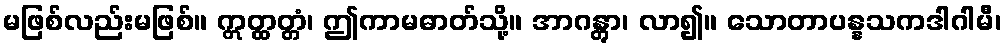
မဖြစ်လည်းမဖြစ်။ ဣတ္ထတ္တံ၊ ဤကာမဓာတ်သို့။ အာဂန္တွာ၊ လာ၍။ သောတာပန္နသကဒါဂါမီ၊